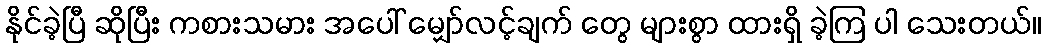
နိုင်ခဲ့ပြီ ဆိုပြီး ကစားသမား အပေါ် မျှော်လင့်ချက် တွေ များစွာ ထားရှိ ခဲ့ကြ ပါ သေးတယ်။